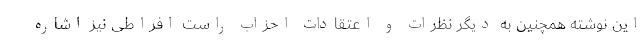
این نوشته همچنین به دیگر نظرات و اعتقادات احزاب راست افراطی نیز اشاره